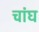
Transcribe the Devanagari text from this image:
चांघ